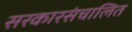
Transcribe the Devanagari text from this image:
सरकारसंचालित